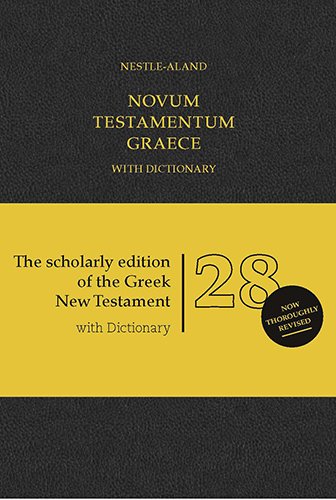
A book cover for Novum Testamentum Graece With Dictionary: Nestle-Aland (Ancient Greek Edition); Christian Books & Bibles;